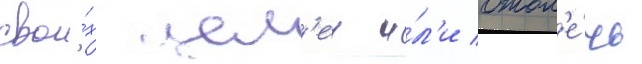
свои́х цел'еи и́л'и отвл'е́чь